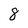
Character: 8